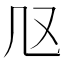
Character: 𠘫